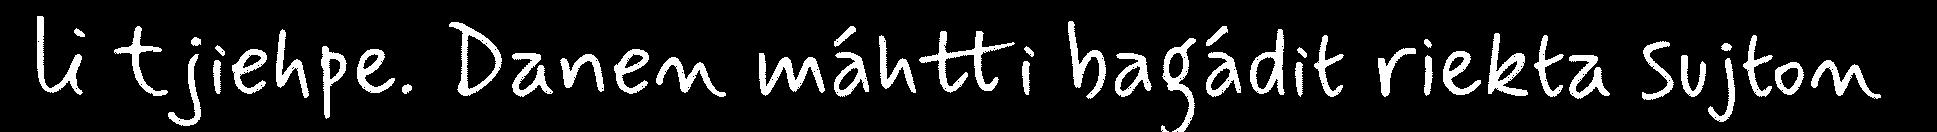
li tjiehpe. Danen máhtti bagádit riekta sujton